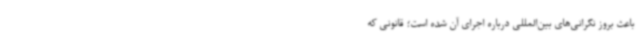
باعث بروز نگرانی‌های بین‌المللی درباره اجرای آن شده است؛ قانونی که